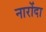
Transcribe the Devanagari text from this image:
नारोंदा